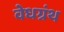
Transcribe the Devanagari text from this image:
वेधग्रंथ